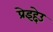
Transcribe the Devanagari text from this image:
प्रेइद्देउ